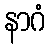
နာဂံ